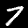
Label: 7